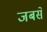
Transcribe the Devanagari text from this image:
जबसें